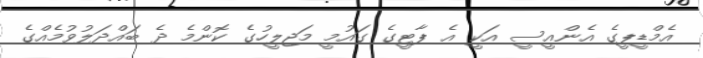
އެމްޑީޕީގެ އެންއީސީ އަކީ އެ ޕާޓީގެ ގައުމީ މަޖިލީހުގެ ކޮންމެ ދެ ބައްދަލުވުމެއްގެ